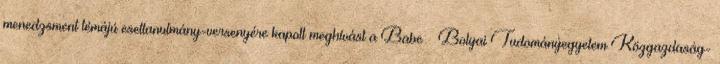
menedzsment témájú esettanulmány-versenyére kapott meghívást a Babeș–Bolyai Tudományegyetem Közgazdaság-